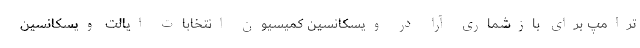
ترامپ برای باز‌شماری آرا در ویسکانسین کمیسیون انتخابات ایالت ویسکانسین